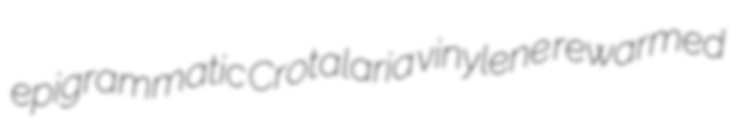
epigrammatic Crotalaria vinylene rewarmed